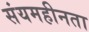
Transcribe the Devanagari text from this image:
संयमहीनता